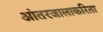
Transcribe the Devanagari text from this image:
आंतरजालाकरिता